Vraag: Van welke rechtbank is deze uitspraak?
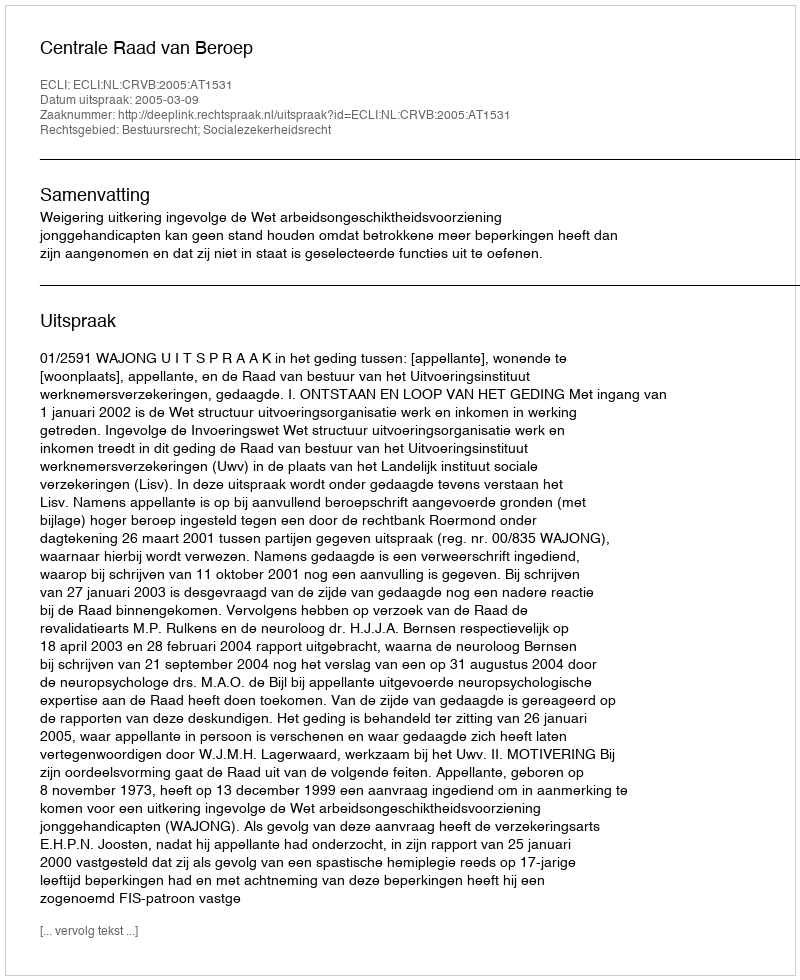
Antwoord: Centrale Raad van Beroep